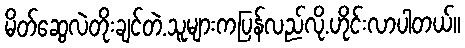
မိတ်ဆွေလဲတိုးချင်တဲ.သူများကပြန်လည်လို.ဟိုင်းလာပါတယ်။